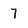
Character: 7